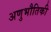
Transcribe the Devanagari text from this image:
अणुभौतिकी